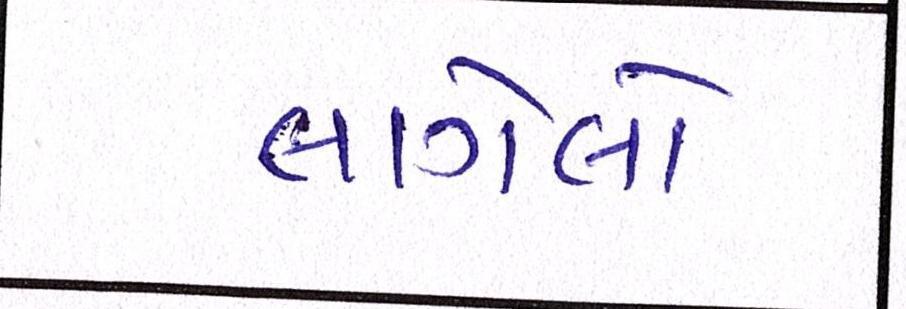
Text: લાગેલો